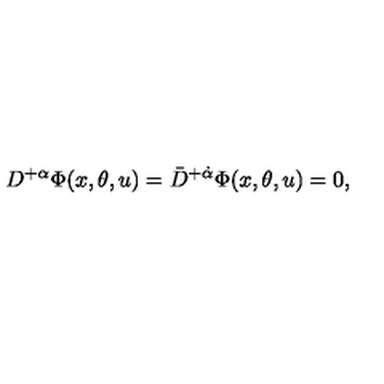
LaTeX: D ^ { + \alpha } \Phi ( x , \theta , u ) = \bar { D } ^ { + \dot { \alpha } } \Phi ( x , \theta , u ) = 0 ,